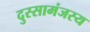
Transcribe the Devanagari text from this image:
दुस्सामंजस्य